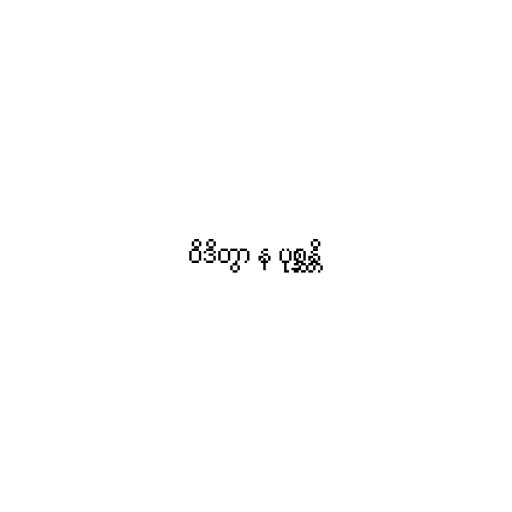
ဝိဒိတွာ န ပုစ္ဆန္တိ